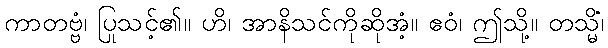
ကာတဗ္ဗံ၊ ပြုသင့်၏။ ဟိ၊ အာနိသင်ကိုဆိုအံ့။ ဧဝံ၊ ဤသို့။ တသ္မိံ၊